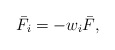
\begin{align*}{\bar F_i} =- {{ w}_i}{\bar F},\end{align*}